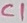
Text: C1